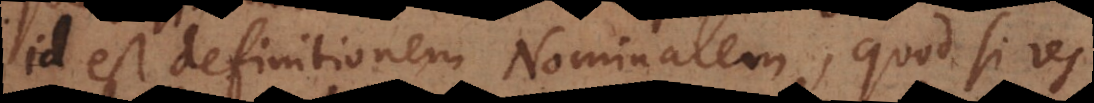
id est definitionem Nominalem, quod si res